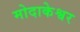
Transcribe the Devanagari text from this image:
मोदाकेश्वर